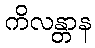
ကိလန္တာန